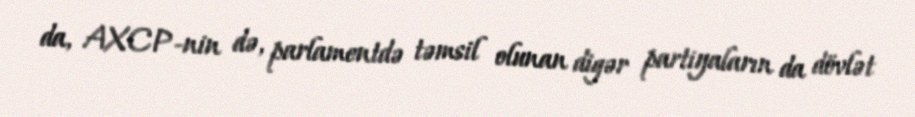
da, AXCP-nin də, parlamentdə təmsil olunan digər partiyaların da dövlət